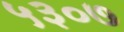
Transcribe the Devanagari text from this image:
५३०७